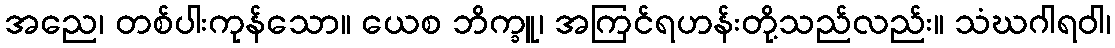
အညေ၊ တစ်ပါးကုန်သော။ ယေစ ဘိက္ခူ၊ အကြင်ရဟန်းတို့သည်လည်း။ သံဃဂါရဝါ၊